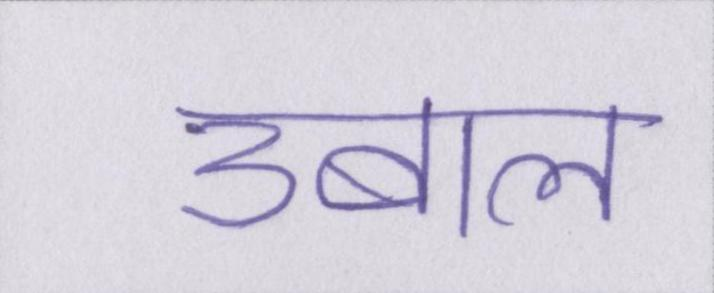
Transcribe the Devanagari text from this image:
उबाल